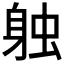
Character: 𫏪